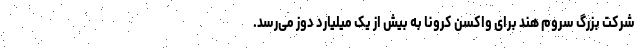
شرکت بزرگ سروم‌ هند برای واکسن کرونا به بیش از یک میلیارد دوز می‌رسد.